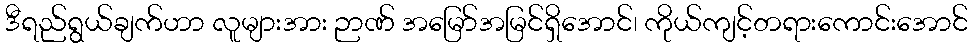
ဒီရည်ရွယ်ချက်ဟာ လူများအား ဉာဏ် အမြော်အမြင်ရှိအောင်၊ ကိုယ်ကျင့်တရားကောင်းအောင်